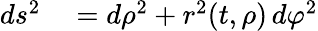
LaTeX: \begin{array}{rl}{ds^{2}}&{{}=d\rho^{2}+r^{2}(t,\rho)\, d\varphi^{2}}\end{array}